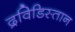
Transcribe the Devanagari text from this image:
द्रविडिस्तान